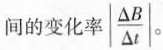
间的变化率| \frac{\Delta B}{\Delta t}|.